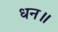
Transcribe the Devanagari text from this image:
धन॥